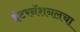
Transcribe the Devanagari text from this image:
इंटरनॅशनलचा